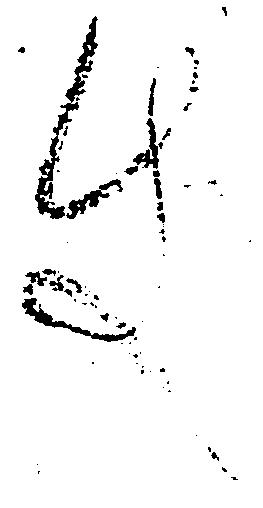
件